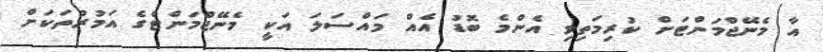
އާ މެނޭޖްމަންޓަށް ކުރިމަތިވި އެންމެ ބޮޑު އެއް މައްސަލަ އަކީ މެނޭޖްމަންޓްގެ އަމުރުތަކަށް